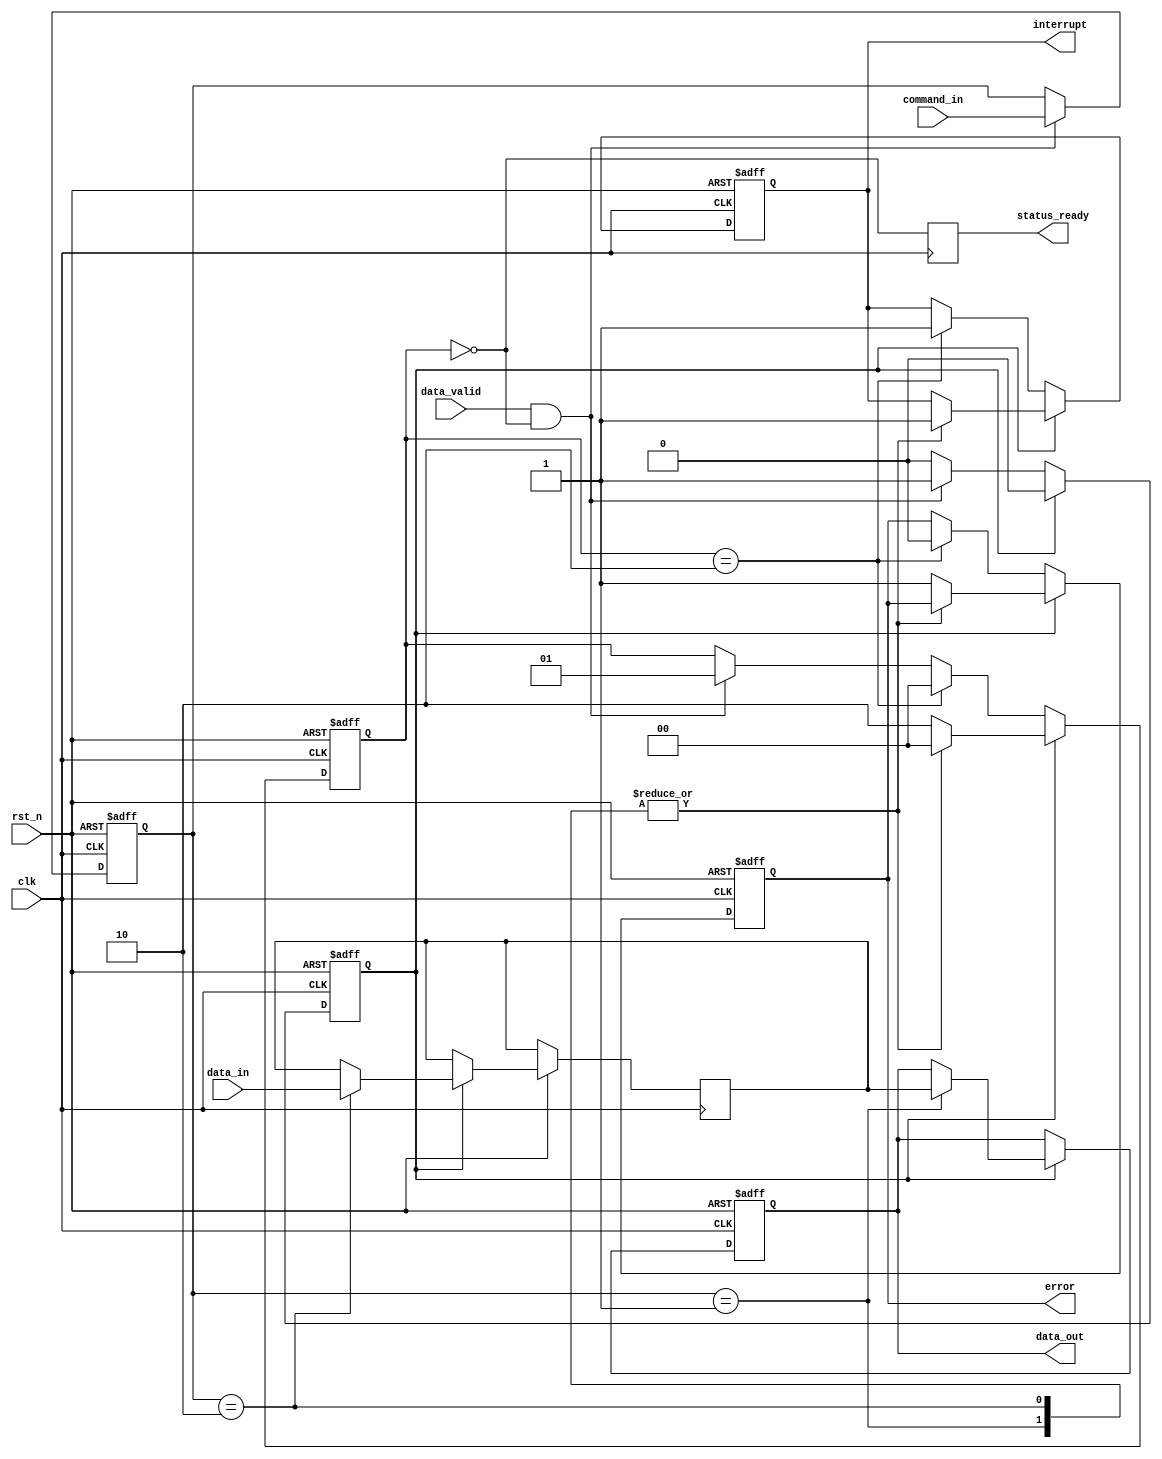
module UFS_IO_Block (
    input wire clk,
    input wire rst_n,
    input wire [7:0] command_in,
    input wire [7:0] data_in,
    input wire data_valid,
    output reg [7:0] data_out,
    output reg status_ready,
    output reg error,
    output reg interrupt
);

// Parameters
parameter DATA_WIDTH = 8;
parameter CMD_READY = 2'b00, CMD_BUSY = 2'b01, CMD_ERROR = 2'b10;

// Registers for command, status and data
reg [7:0] command_reg;
reg [DATA_WIDTH-1:0] data_buffer;
reg [1:0] status_reg;
reg busy;

// Clock management and power control
reg clk_enabled;

// Always block for command processing
always @(posedge clk or negedge rst_n) begin
    if (!rst_n) begin
        command_reg <= 8'b0;
        status_reg <= CMD_READY; // Initial status ready
        busy <= 0;
        data_out <= 8'b0;
        error <= 0;
        interrupt <= 0;
        clk_enabled <= 1; // Assuming clock is enabled initially
    end else begin
        // Command processing
        if (data_valid && (status_reg == CMD_READY)) begin
            command_reg <= command_in; // Load command
            busy <= 1;
            status_reg <= CMD_BUSY; // Set status to busy
        end

        // Example of handling a read command
        if (busy) begin
            case (command_reg)
                8'h01: begin // Example command for read
                    data_out <= data_buffer; // Read data from buffer
                    status_reg <= CMD_READY; // Set status to ready
                    busy <= 0; // Command complete
                    interrupt <= 1; // Generate interrupt
                end
                8'h02: begin // Example command for write
                    data_buffer <= data_in; // Write data to buffer
                    status_reg <= CMD_READY; // Set status to ready
                    busy <= 0; // Command complete
                    interrupt <= 1; // Generate interrupt
                end
                default: begin
                    error <= 1; // Unknown command error
                    status_reg <= CMD_ERROR; // Set status to error
                    busy <= 0; // Command complete
                end
            endcase
        end else if (status_reg == CMD_ERROR) begin
            // Handle error state
            error <= 0; // Clear error
            interrupt <= 1; // Generate interrupt for error
            status_reg <= CMD_READY; // Reset to ready
        end
    end
end

// Power management example
always @(posedge clk or negedge rst_n) begin
    if (!rst_n) begin
        clk_enabled <= 1; // Enable clock on reset
    end else begin
        if (status_reg == CMD_READY) begin
            clk_enabled <= 1; // Keep clock enabled in ready state
        end else begin
            clk_enabled <= 0; // Disable clock in busy/error state
        end
    end
end

// Status reporting
always @(posedge clk) begin
    status_ready <= (status_reg == CMD_READY); // Status output to indicate readiness
end

endmodule